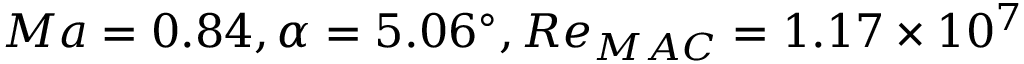
M a = 0 . 8 4 , \alpha = 5 . 0 6 ^ { \circ } , R e _ { M A C } = 1 . 1 7 \times { 1 0 ^ { 7 } }